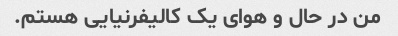
من در حال و هوای یک کالیفرنیایی هستم.